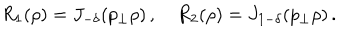
LaTeX: R _ { 1 } ( \rho ) = J _ { - \delta } ( p _ { \perp } \rho ) \, , \quad R _ { 2 } ( \rho ) = J _ { 1 - \delta } ( p _ { \perp } \rho ) \, .